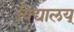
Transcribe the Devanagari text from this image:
विद्यालय्